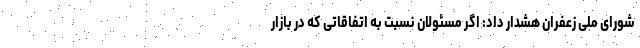
شورای ملی زعفران هشدار داد: اگر مسئولان نسبت به اتفاقاتی که در بازار